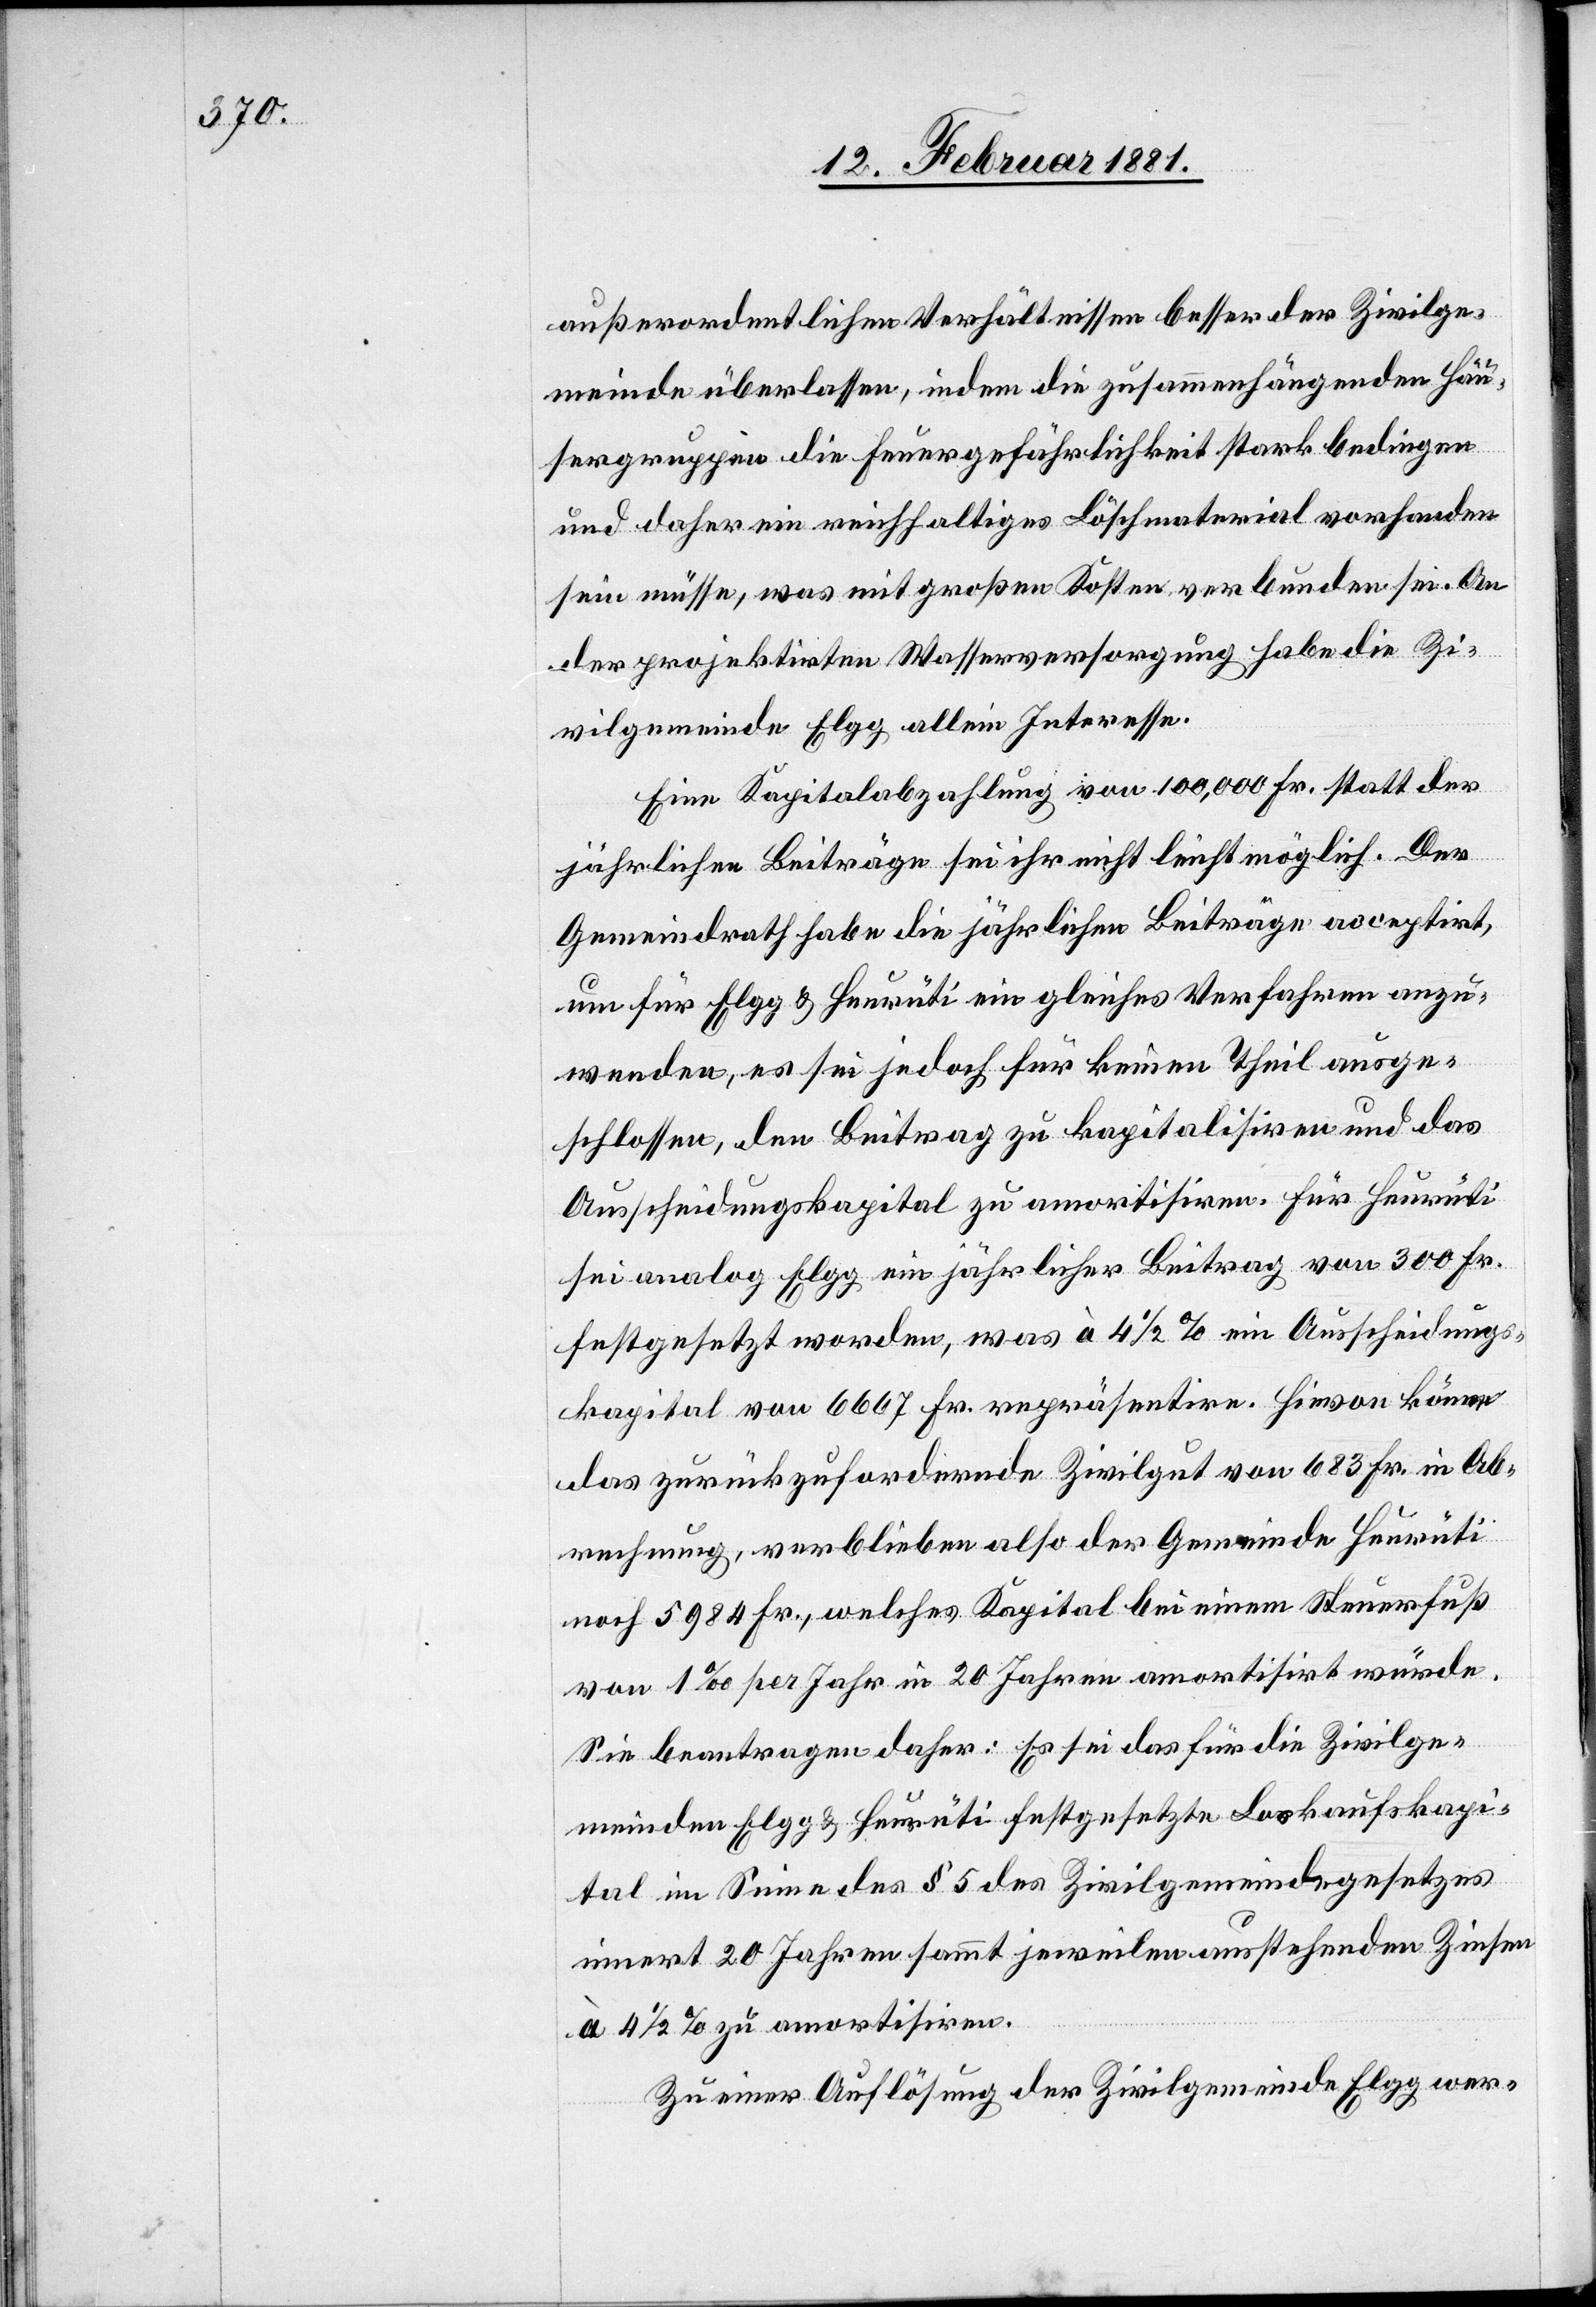
außerordentlichen Verhältnissen besser der Zivilge¬
meinde überlassen, indem die zusammenhängenden Häu¬
sergruppen die Feuergefährlichkeit stark bedingen
und daher ein reichhaltiges Löschmaterial vorhanden
sein müsse, was mit großen Kosten verbunden sei. An
der projektirten Wasserversorgung habe die Zi¬
vilgemeinde Elgg allein Interesse.
Eine Kapitalzahlung von 100,000 Fr. statt der
jährlichen Beiträge sei ihr nicht leicht möglich. Der
Gemeindrath habe die jährlichen Beiträge acceptirt,
um für Elgg & Heurüti ein gleiches Verfahren anzu¬
wenden, es sei jedoch für keinen Theil ausge¬
schlossen, den Beitrag zu kapitalisiren und das
Ausscheidungskapital zu amortisiren. Für Heurüti
sei analog Elgg ein jährlicher Beitrag von 300 Fr.
festgesetzt worden, was à 4 1/2% ein Ausscheidungs¬
kapital von 6607 Fr. repräsentire. Hievon könne
das zurückzufordernde Zivilgut von 683 Fr. in Ab¬
rechnung, verblieben also der Gemeinde Heurüti
noch 5984 Fr., welches Kapital bei einem Steuerfuß
von 1‰ per Jahr in 20 Jahren amortisirt würde.
Sie beantragen daher: Es sei das für die Zivilge¬
meinden Elgg & Heurüti festgesetzte Loskaufskapi¬
tal im Sinne des § 5 des Zivilgemeindegesetzes
innert 20 Jahren sammt jeweilen ausstehenden Zinsen
à 4 1/2% zu amortisiren.
Zu einer Auflösung der Zivilgemeinde Elgg wer-